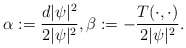
\begin{align*}\alpha:=\frac{d|\psi|^2}{2|\psi|^2}, \beta:=-\frac{T(\cdot,\cdot)}{2|\psi|^2}.\end{align*}